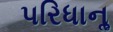
પરિધાનૢ